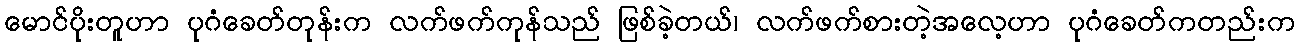
မောင်ပိုးတူဟာ ပုဂံခေတ်တုန်းက လက်ဖက်ကုန်သည် ဖြစ်ခဲ့တယ်၊ လက်ဖက်စားတဲ့အလေ့ဟာ ပုဂံခေတ်ကတည်းက